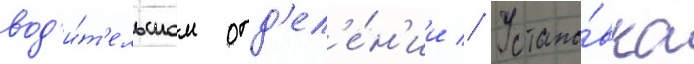
вод'и́т'ельском отд'ел'е́н'ии // Устано́вка